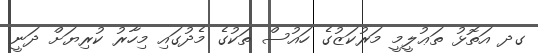
ގދ އަތޮޅު ތަޢުލީމީ މަރުކަޒުގެ ހައުސް ތަކުގެ މެދުގައި މިހާރު ކުރިޔަށް ދަނީ